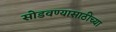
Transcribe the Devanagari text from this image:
सोडवण्यासाठीच्या